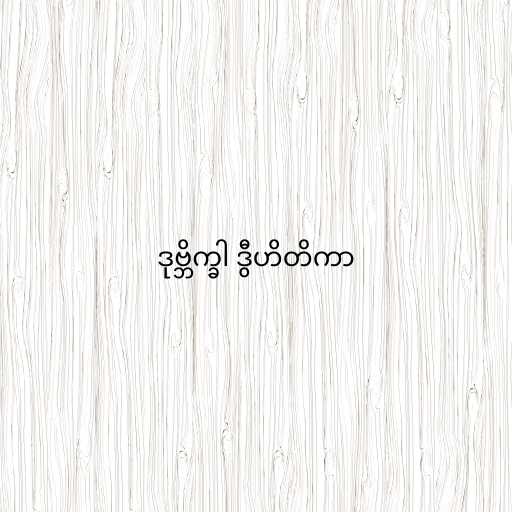
ဒုဗ္ဘိက္ခါ ဒွီဟိတိကာ